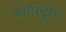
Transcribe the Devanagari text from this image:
आर्मस्ट्रौंग